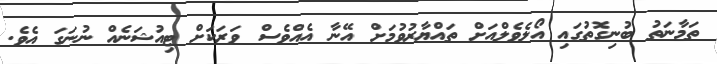
ތަމާނަތު ބުނިގޮތުގައި އޯލެވެލްއަށް ތައްޔާރުވުމަށް އޭނާ އެއްވެސް ވަރަކަށް ޓިއުޝަނެއް ނުނަގަ އެވެ.